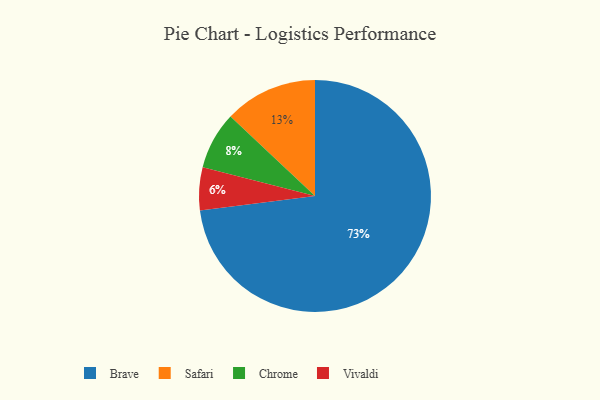
{"axis": {"x": "Category", "y": "Percentage"}, "legend": ["Brave", "Chrome", "Safari", "Vivaldi"], "data": [{"x": "Brave", "y": 73, "type": "Brave"}, {"x": "Vivaldi", "y": 6, "type": "Vivaldi"}, {"x": "Chrome", "y": 8, "type": "Chrome"}, {"x": "Safari", "y": 13, "type": "Safari"}]}